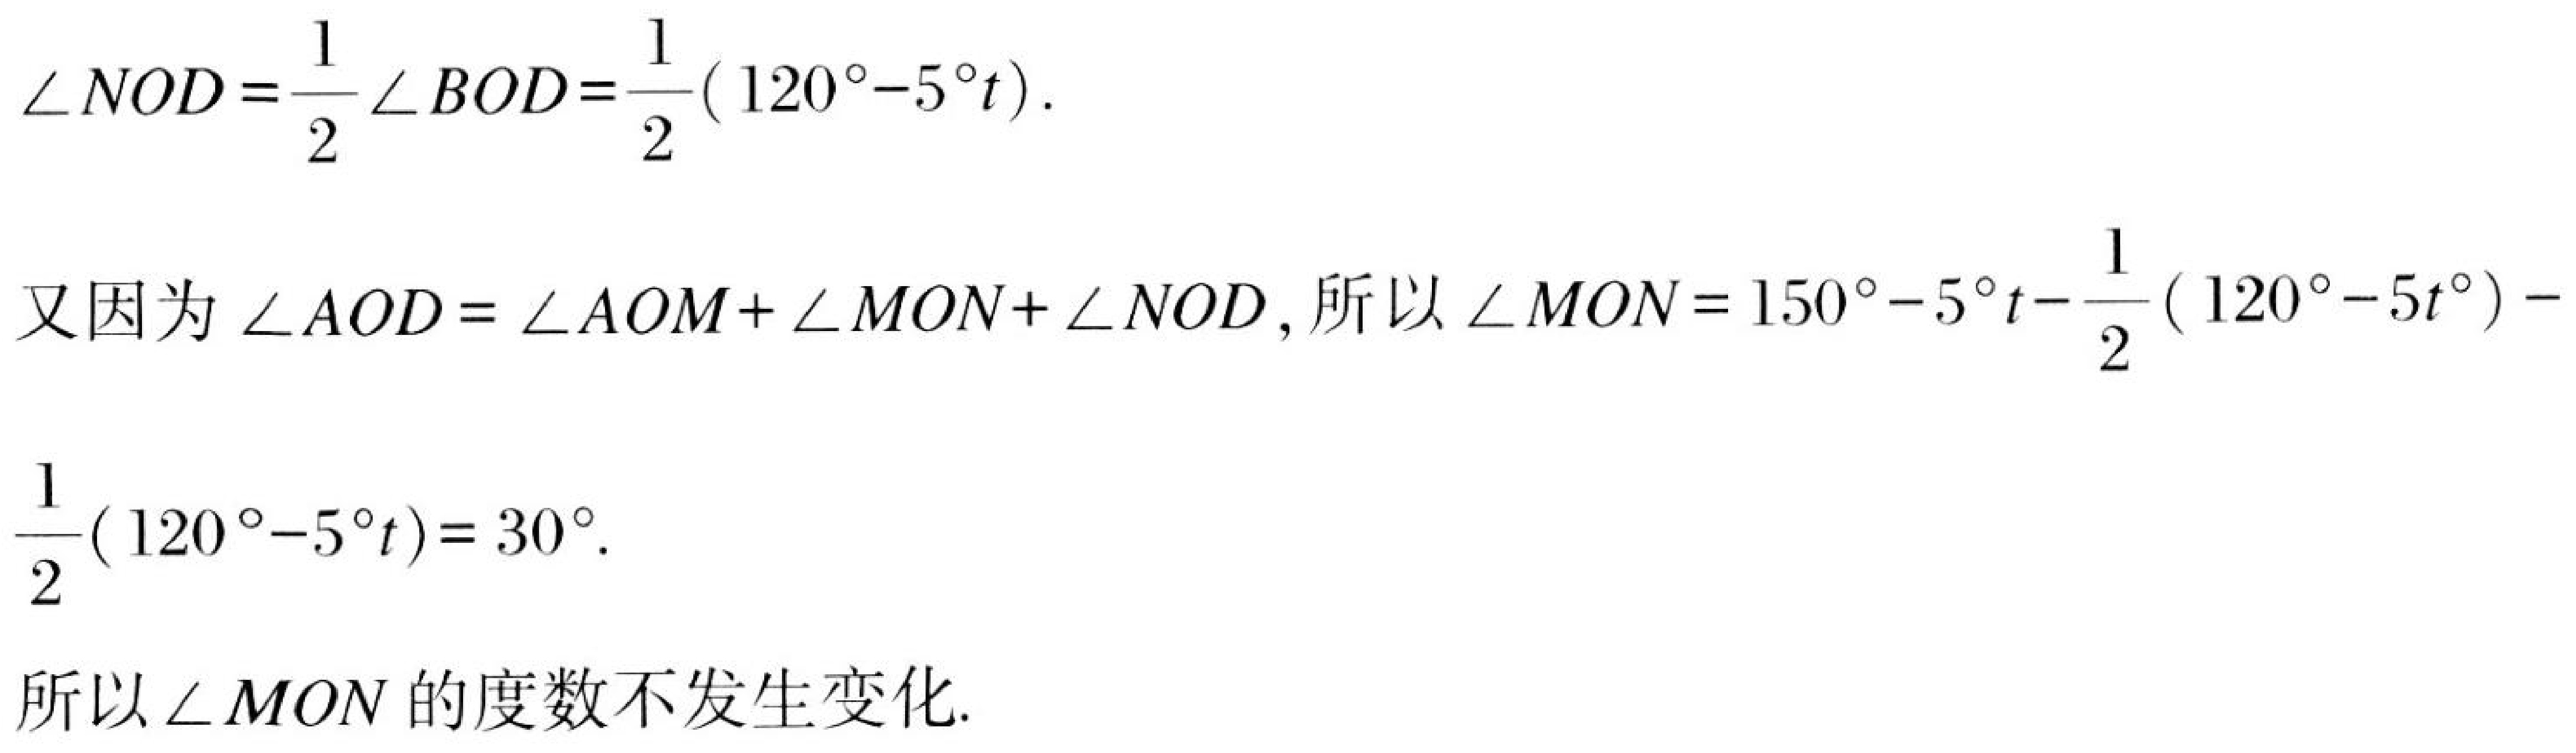
\(\angle NOD =\frac{1}{2}\angle BOD=\frac{1}{2}(120^{\circ}-5^{\circ}t)\).
又因为 \(\angle AOD = \angle AOM+\angle MON+\angle NOD\), 所以 \(\angle MON = 150^{\circ}-5^{\circ}t-\frac{1}{2}(120^{\circ}-5t^{\circ})-
\frac{1}{2}(120^{\circ}-5^{\circ}t)= 30^{\circ}\).
所以 \(\angle MON\) 的度数不发生变化.